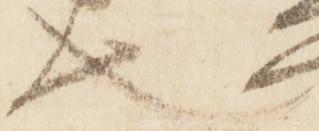
也